Trukikaitis_Postimees, lk 32
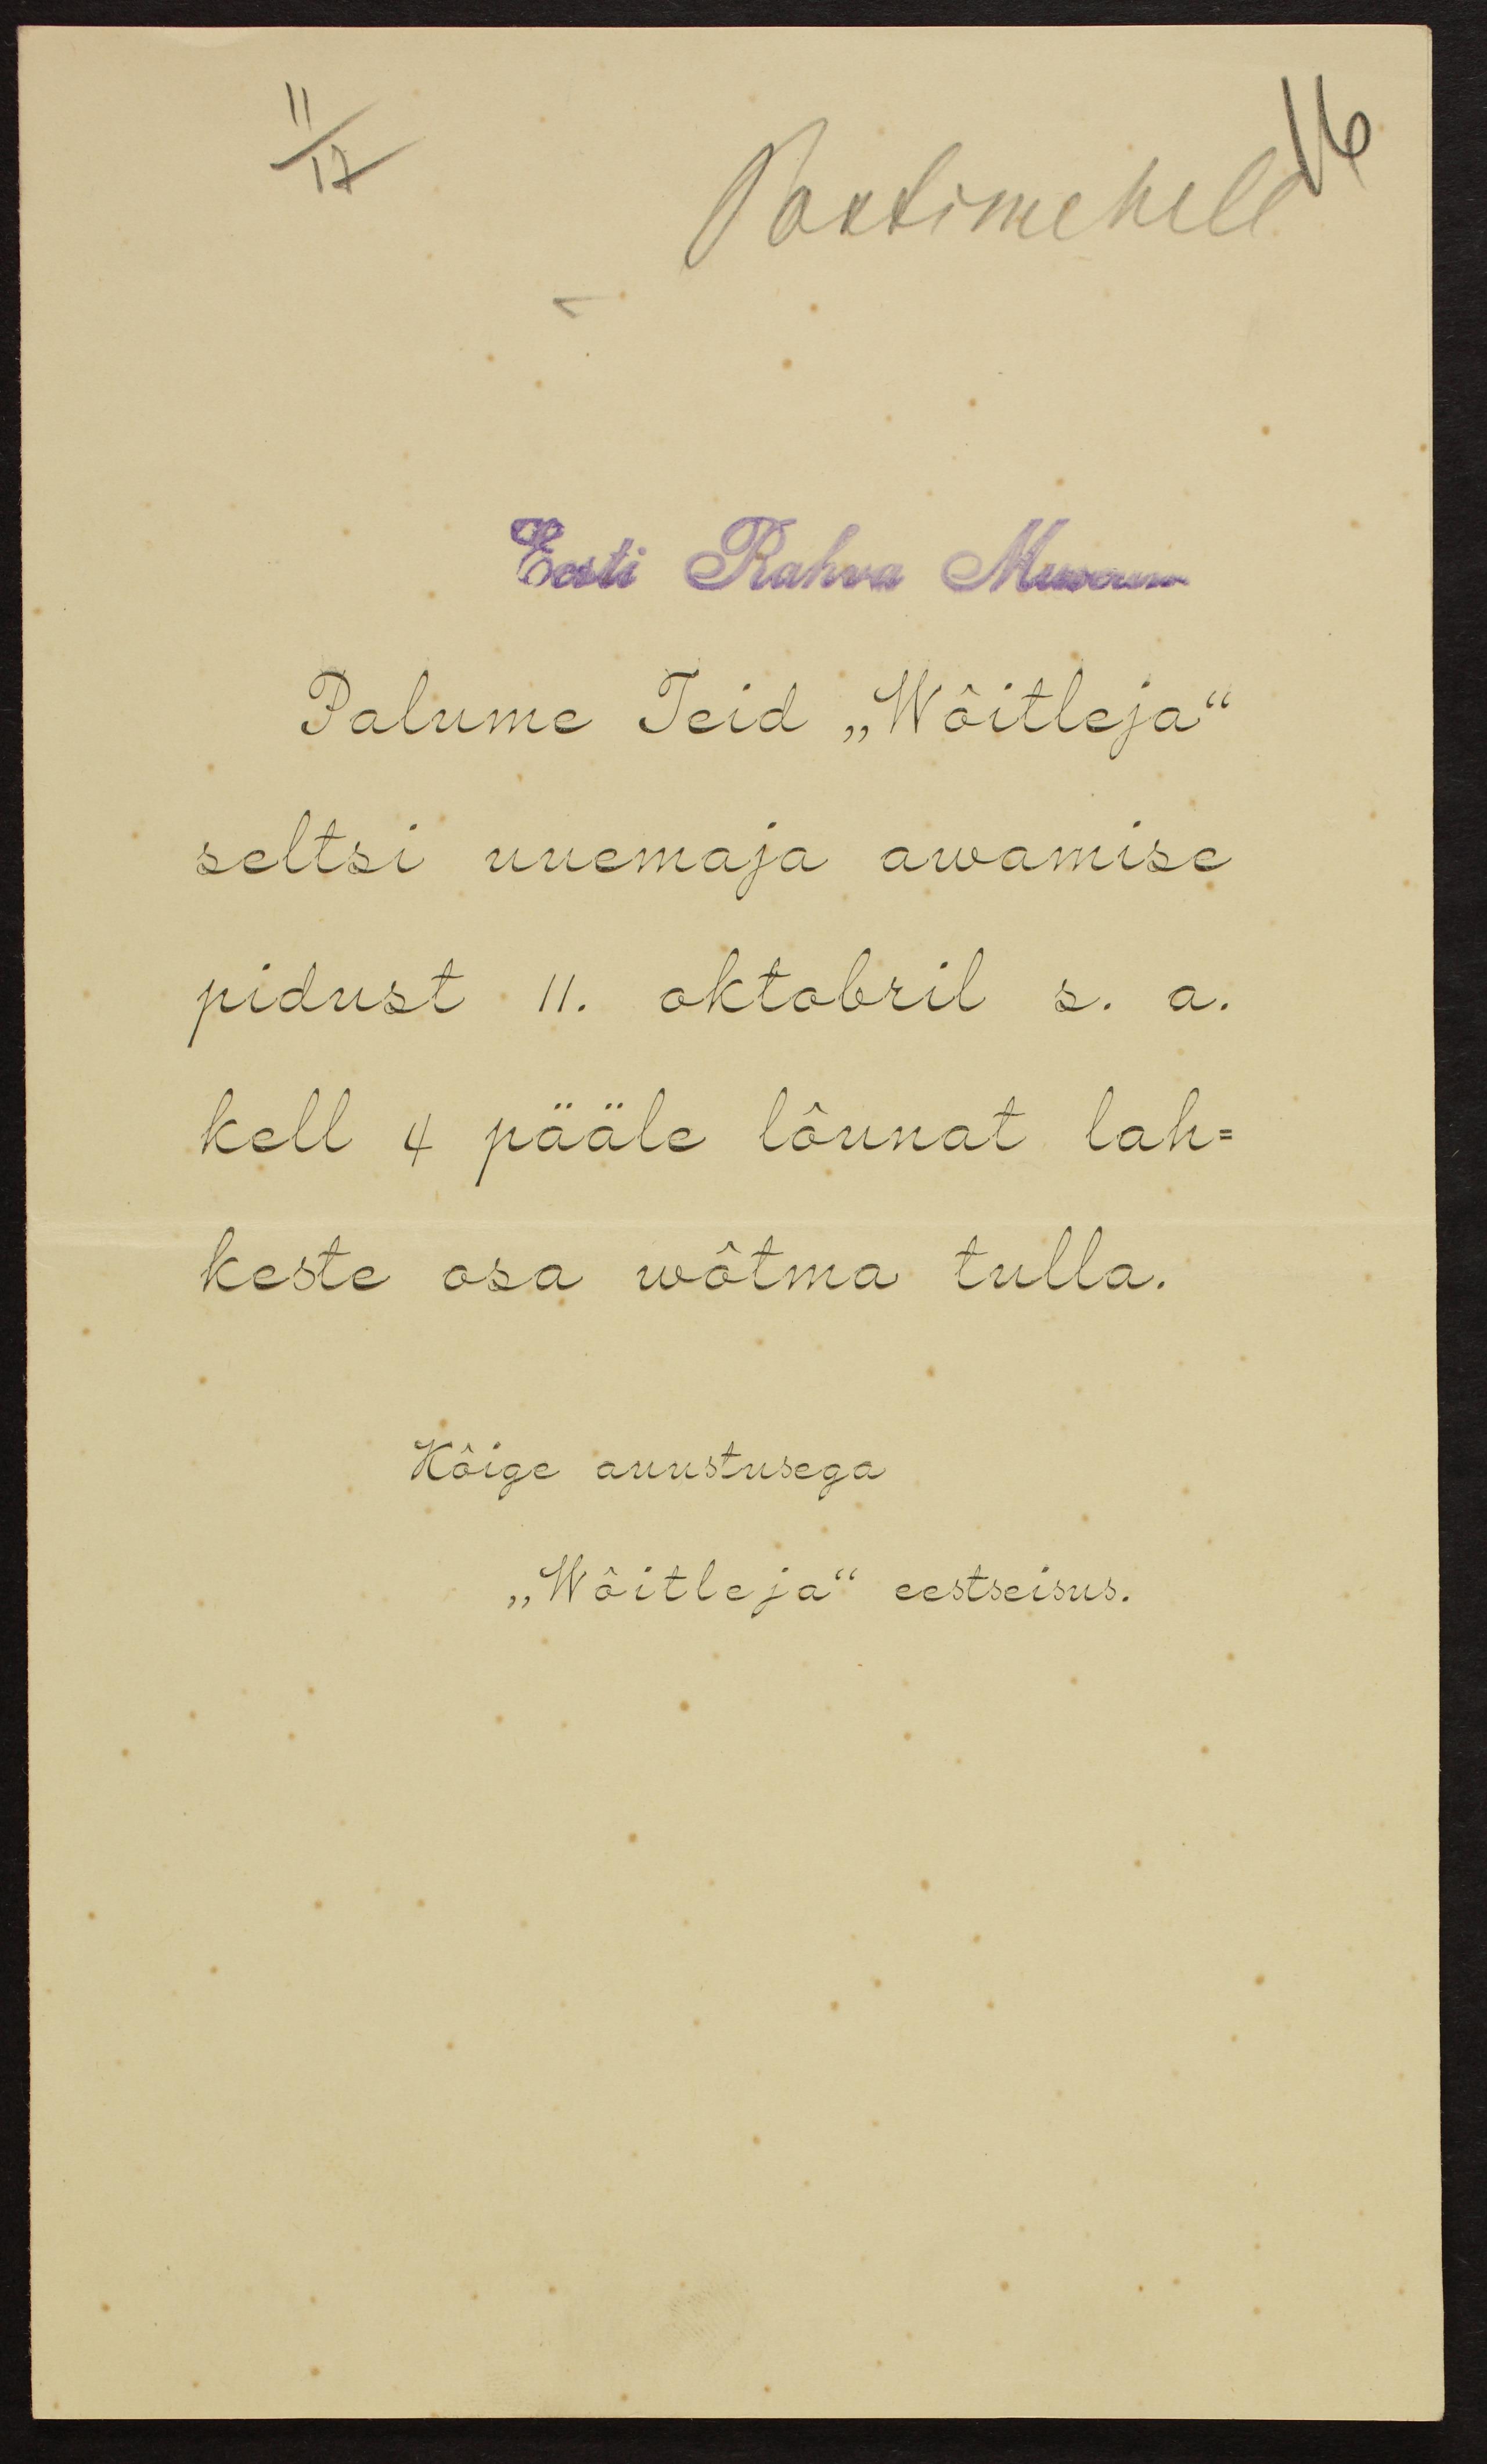
Postimehele
Eesti Rahva Museum
Palume Teid "Wõitleja"
seltsi uuemaja awamise
pidust 11. oktobril s.a.
kell 4 pääle lõunat lah-
keste osa wõtma tulla.
Kõige auustusega
"Wõitleja" eestseisus.